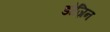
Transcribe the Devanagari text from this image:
डोज़िन